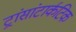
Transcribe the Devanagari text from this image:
ट्रांसांटार्कटिक